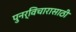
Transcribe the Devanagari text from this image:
पुनर्विचारासाठी